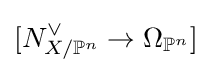
[N_{X/\mathbb {P} ^{n}}^{\vee }\to \Omega _{\mathbb {P} ^{n}}]